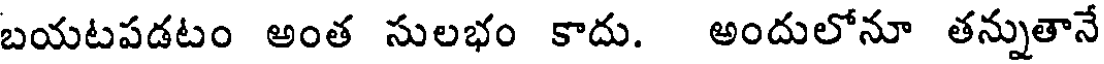
బయటపడటం అంత సులభం కాదు. అందులోనూ తన్నుతానే